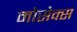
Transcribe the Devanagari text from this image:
मोसेक्स